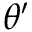
\theta ^ { \prime }